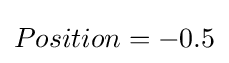
Position=-0.5